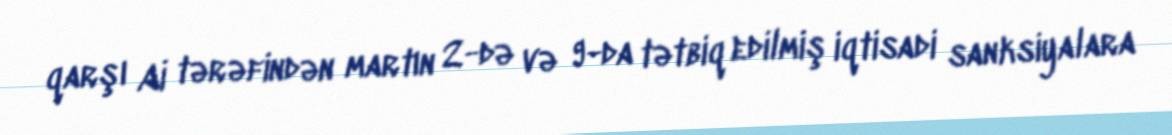
qarşı Aİ tərəfindən martın 2-də və 9-da tətbiq edilmiş iqtisadi sanksiyalara